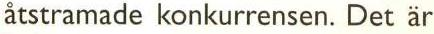
åtstramade konkurrensen. Det är